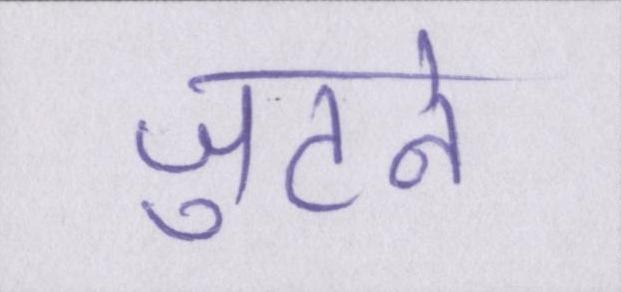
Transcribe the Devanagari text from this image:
जुटने